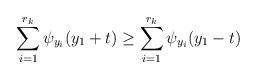
LaTeX: \begin{align*}\sum_{i=1}^{r_k} \psi_{y_i}(y_1+t) \geq \sum_{i=1}^{r_k} \psi_{y_i}(y_1-t) \end{align*}